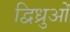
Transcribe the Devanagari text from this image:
द्विध्रुओं